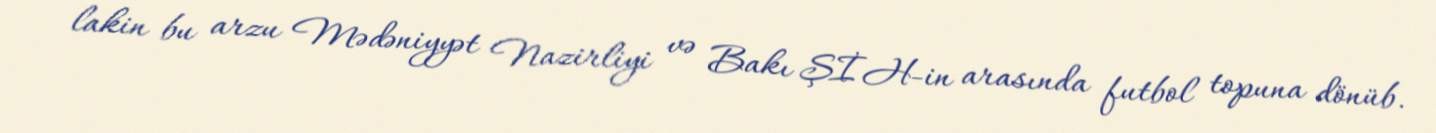
lakin bu arzu Mədəniyyət Nazirliyi və Bakı ŞİH-in arasında futbol topuna dönüb.